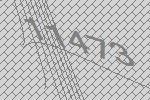
11473